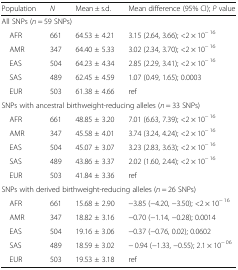
<table><thead><tr><td><b>Population</b></td><td><b><i>N</i></b></td><td><b>Mean ± s.d.</b></td><td><b>Mean difference (95% CI); <i>P</i> value</b></td></tr></thead><tbody><tr><td colspan="4">All SNPs (<i>n</i> = 59 SNPs)</td></tr><tr><td> AFR</td><td>661</td><td>64.53 ± 4.21</td><td>3.15 (2.64, 3.66); &lt;2 × 10<sup>− 16</sup></td></tr><tr><td> AMR</td><td>347</td><td>64.40 ± 5.33</td><td>3.02 (2.34, 3.70); &lt;2 × 10<sup>− 16</sup></td></tr><tr><td> EAS</td><td>504</td><td>64.23 ± 4.34</td><td>2.85 (2.29, 3.41); &lt;2 × 10<sup>− 16</sup></td></tr><tr><td> SAS</td><td>489</td><td>62.45 ± 4.59</td><td>1.07 (0.49, 1.65); 0.0003</td></tr><tr><td> EUR</td><td>503</td><td>61.38 ± 4.66</td><td>ref</td></tr><tr><td colspan="4">SNPs with ancestral birthweight-reducing alleles (<i>n</i> = 33 SNPs)</td></tr><tr><td> AFR</td><td>661</td><td>48.85 ± 3.20</td><td>7.01 (6.63, 7.39); &lt;2 × 10<sup>− 16</sup></td></tr><tr><td> AMR</td><td>347</td><td>45.58 ± 4.01</td><td>3.74 (3.24, 4.24); &lt;2 × 10<sup>− 16</sup></td></tr><tr><td> EAS</td><td>504</td><td>45.07 ± 3.07</td><td>3.23 (2.83, 3.63); &lt;2 × 10<sup>− 16</sup></td></tr><tr><td> SAS</td><td>489</td><td>43.86 ± 3.37</td><td>2.02 (1.60, 2.44); &lt;2 × 10<sup>− 16</sup></td></tr><tr><td> EUR</td><td>503</td><td>41.84 ± 3.36</td><td>ref</td></tr><tr><td colspan="4">SNPs with derived birthweight-reducing alleles (<i>n</i> = 26 SNPs)</td></tr><tr><td> AFR</td><td>661</td><td>15.68 ± 2.90</td><td>−3.85 (−4.20, −3.50); &lt;2 × 10<sup>− 16</sup></td></tr><tr><td> AMR</td><td>347</td><td>18.82 ± 3.16</td><td>−0.70 (−1.14, −0.28); 0.0014</td></tr><tr><td> EAS</td><td>504</td><td>19.16 ± 3.06</td><td>−0.37 (−0.76, 0.02); 0.0602</td></tr><tr><td> SAS</td><td>489</td><td>18.59 ± 3.02</td><td>− 0.94 (−1.33, −0.55); 2.1 × 10<sup>− 06</sup></td></tr><tr><td> EUR</td><td>503</td><td>19.53 ± 3.18</td><td>ref</td></tr></tbody></table>